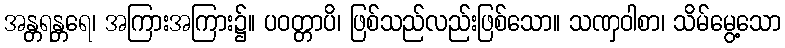
အန္တရန္တရေ၊ အကြားအကြား၌။ ပဝတ္တာပိ၊ ဖြစ်သည်လည်းဖြစ်သော။ သဏှဝါစာ၊ သိမ်မွေ့သော